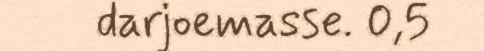
darjoemasse. 0,5